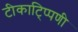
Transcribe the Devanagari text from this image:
टीकाटि्प्पणी